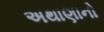
અથાણાનો